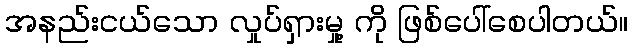
အနည်းငယ်သော လှုပ်ရှားမှု့ ကို ဖြစ်ပေါ်စေပါတယ်။